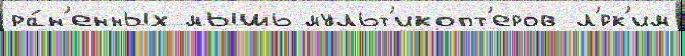
ра́н'енных мышь мульт'икопт'еров л'́гк'им